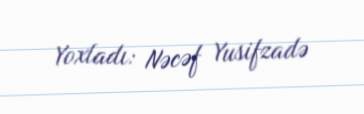
Yoxladı: Nəcəf Yusifzadə